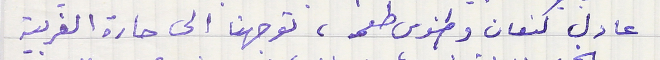
عادل كنعان وطنوس طعمه، توجهنا الى حارة الغربية